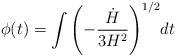
\begin{align*}\phi(t)=\int{\left(-{{\dot{H} \over {3H^2}}}\right)^{1/2}} dt\end{align*}